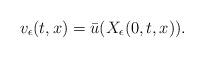
LaTeX: \begin{align*}v_\epsilon(t,x) = \bar u(X_\epsilon(0,t,x)) .\end{align*}